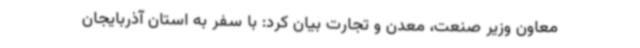
معاون وزیر صنعت، معدن و تجارت بیان کرد: با سفر به استان آذربایجان